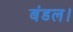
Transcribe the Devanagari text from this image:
बंडल।